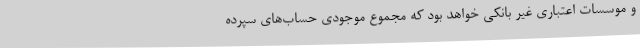
و موسسات اعتباری غیر بانکی خواهد بود که مجموع موجودی حساب‌های سپرده